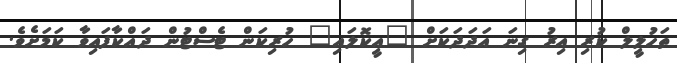
ތަހުލީލް ކުރި އިރު ގިނަ އަދަދަކަށް "އީކޮލައި" ހުރިކަން ޓެސްޓުން ދައްކާފައިވާ ކަމަށެވެ.